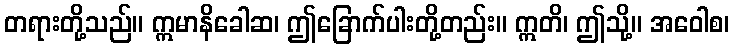
တရားတို့သည်။ ဣမာနိခေါဆ၊ ဤခြောက်ပါးတို့တည်း။ ဣတိ၊ ဤသို့။ အဝေါစ၊